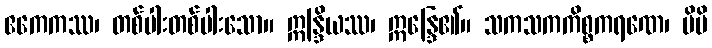
ဧကေကဿ၊ တစ်ပါးတစ်ပါးသော။ ဣန္ဒြိယဿ၊ ဣန္ဒြေ၏။ သကသကကိစ္စကရဏေ၊ မိမိ